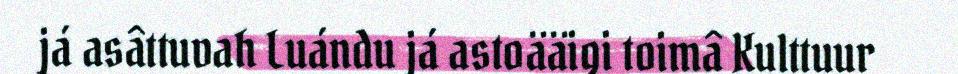
já asâttuvah Luándu já astoääigi toimâ Kulttuur